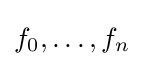
f_{0},\ldots ,f_{n}